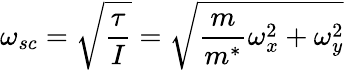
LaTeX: \omega_{sc}=\sqrt{\frac{\tau}{I}}=\sqrt{\frac{m}{m^{*}}\omega_{x}^{2}+\omega_{y}^{2}}